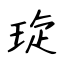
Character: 琁